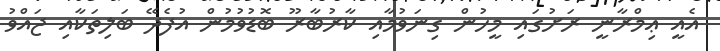
އެއީ ޢިމްރާނީ ރަށުގައި މީހުން ގިނަވުމާއި ކާރުބާރޫ ބޮޑުވުމުން އުފެދޭ ބަލިތަކާއި ޖައްވު